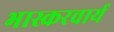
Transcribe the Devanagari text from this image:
भास्करचार्य